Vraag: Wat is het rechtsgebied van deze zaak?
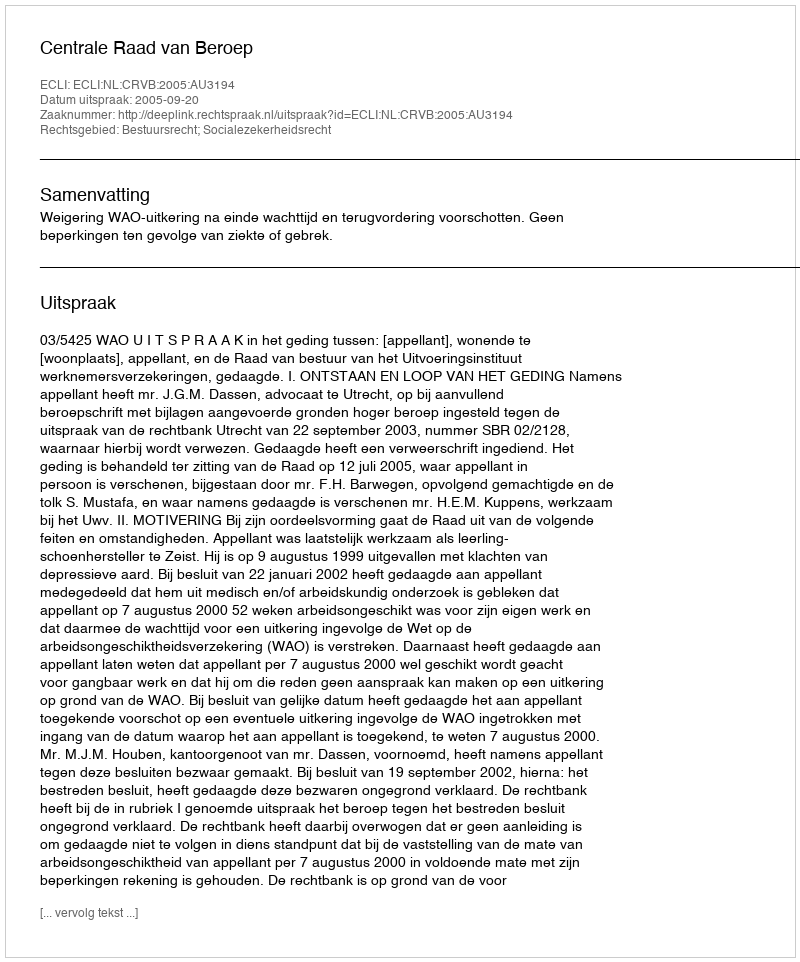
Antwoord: Bestuursrecht; Socialezekerheidsrecht